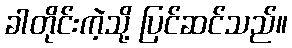
ခါတိုင်းကဲ့သို့ ပြင်ဆင်သည်။